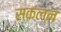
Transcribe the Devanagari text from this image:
सकंलन